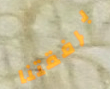
برفقتنا